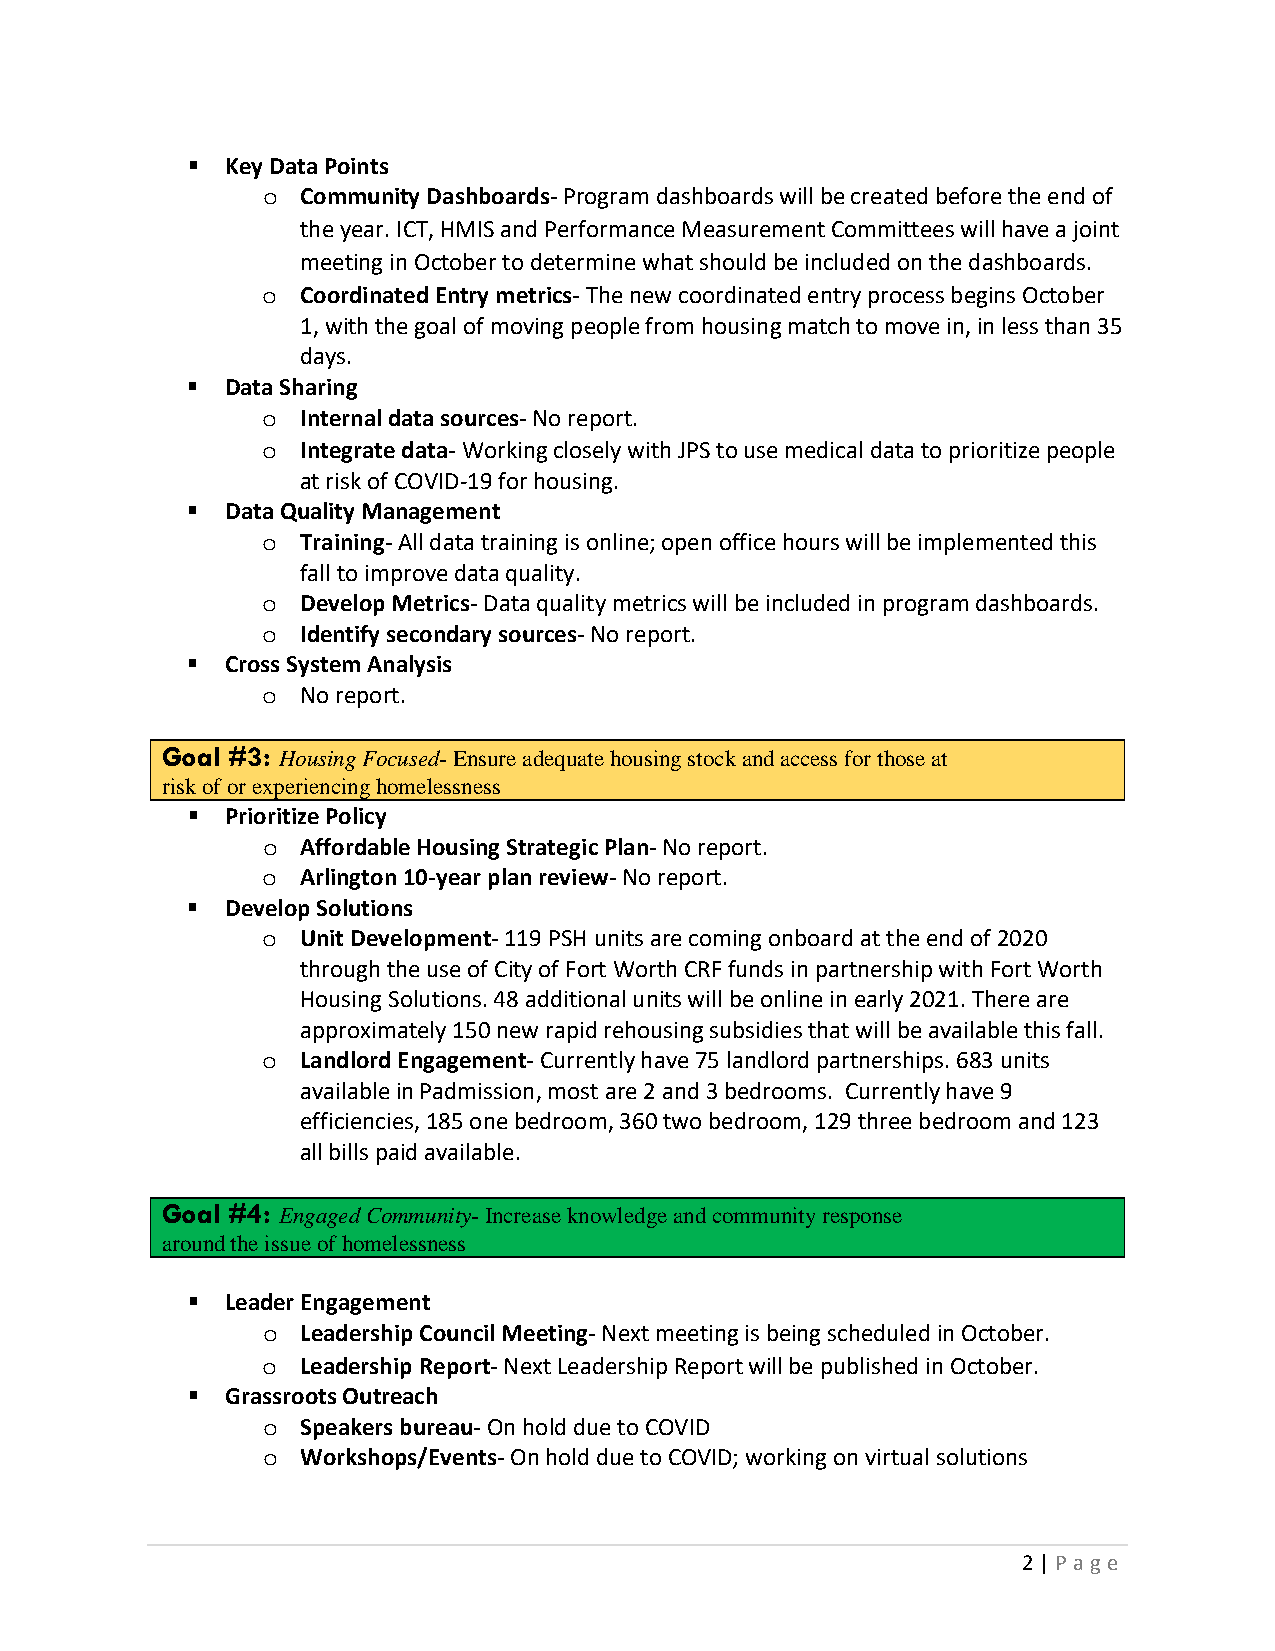
  Key Data Points
 Community Dashboards- Program dashboards will be created before the end of
 o
 the year. ICT, HMIS and Performance Measurement Committees will have a joint
 meeting in October to determine what should be included on the dashboards.
 Coordinated Entry metrics- The new coordinated entry process begins October
 o
 1, with the goal of moving people from housing match to move in, in less than 35
 days.
   Data Sharing
 Internal data sources- No report.
 o
 Integrate data- Working closely with JPS to use medical data to prioritize people
 o
 at risk of COVID-19 for housing.
   Data Quality Management
 Training- All data training is online; open office hours will be implemented this
 o
 fall to improve data quality.
 Develop Metrics- Data quality metrics will be included in program dashboards.
 o
 Identify secondary sources- No report.
 o
   Cross System Analysis
 No report.
 o
 Goal #3:
 Housing Focused- Ensure adequate housing stock and access for those at
 risk of or experiencing homelessness
   Prioritize Policy
 Affordable Housing Strategic Plan- No report.
 o
 Arlington 10-year plan review- No report.
 o
   Develop Solutions
 Unit Development- 119 PSH units are coming onboard at the end of 2020
 o
 through the use of City of Fort Worth CRF funds in partnership with Fort Worth
 Housing Solutions. 48 additional units will be online in early 2021. There are
 approximately 150 new rapid rehousing subsidies that will be available this fall.
 Landlord Engagement- Currently have 75 landlord partnerships. 683 units
 o
 available in Padmission, most are 2 and 3 bedrooms. Currently have 9
 efficiencies, 185 one bedroom, 360 two bedroom, 129 three bedroom and 123
 all bills paid available.
 Goal #4:
 Engaged Community- Increase knowledge and community response
 around the issue of homelessness
   Leader Engagement
 Leadership Council Meeting- Next meeting is being scheduled in October.
 o
 Leadership Report- Next Leadership Report will be published in October.
 o
   Grassroots Outreach
 Speakers bureau- On hold due to COVID
 o
 Workshops/Events- On hold due to COVID; working on virtual solutions
 o
 2 | P age